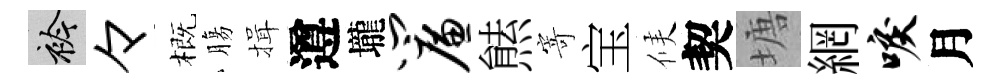
衿々概膓揖遵壠帘㷱寄宝候契塘網唳月